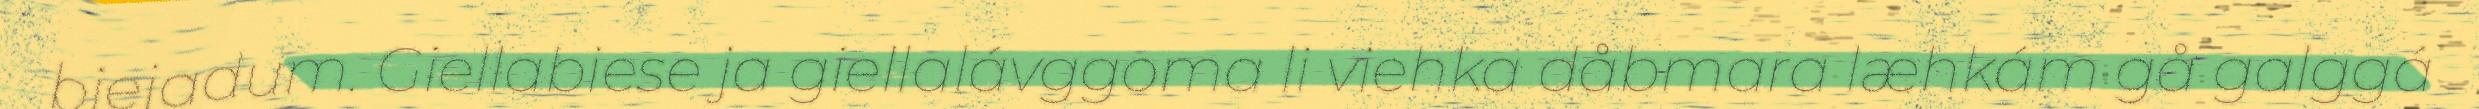
biejadum. Giellabiese ja giellalávggoma li viehka dåbmara læhkám gå galggá